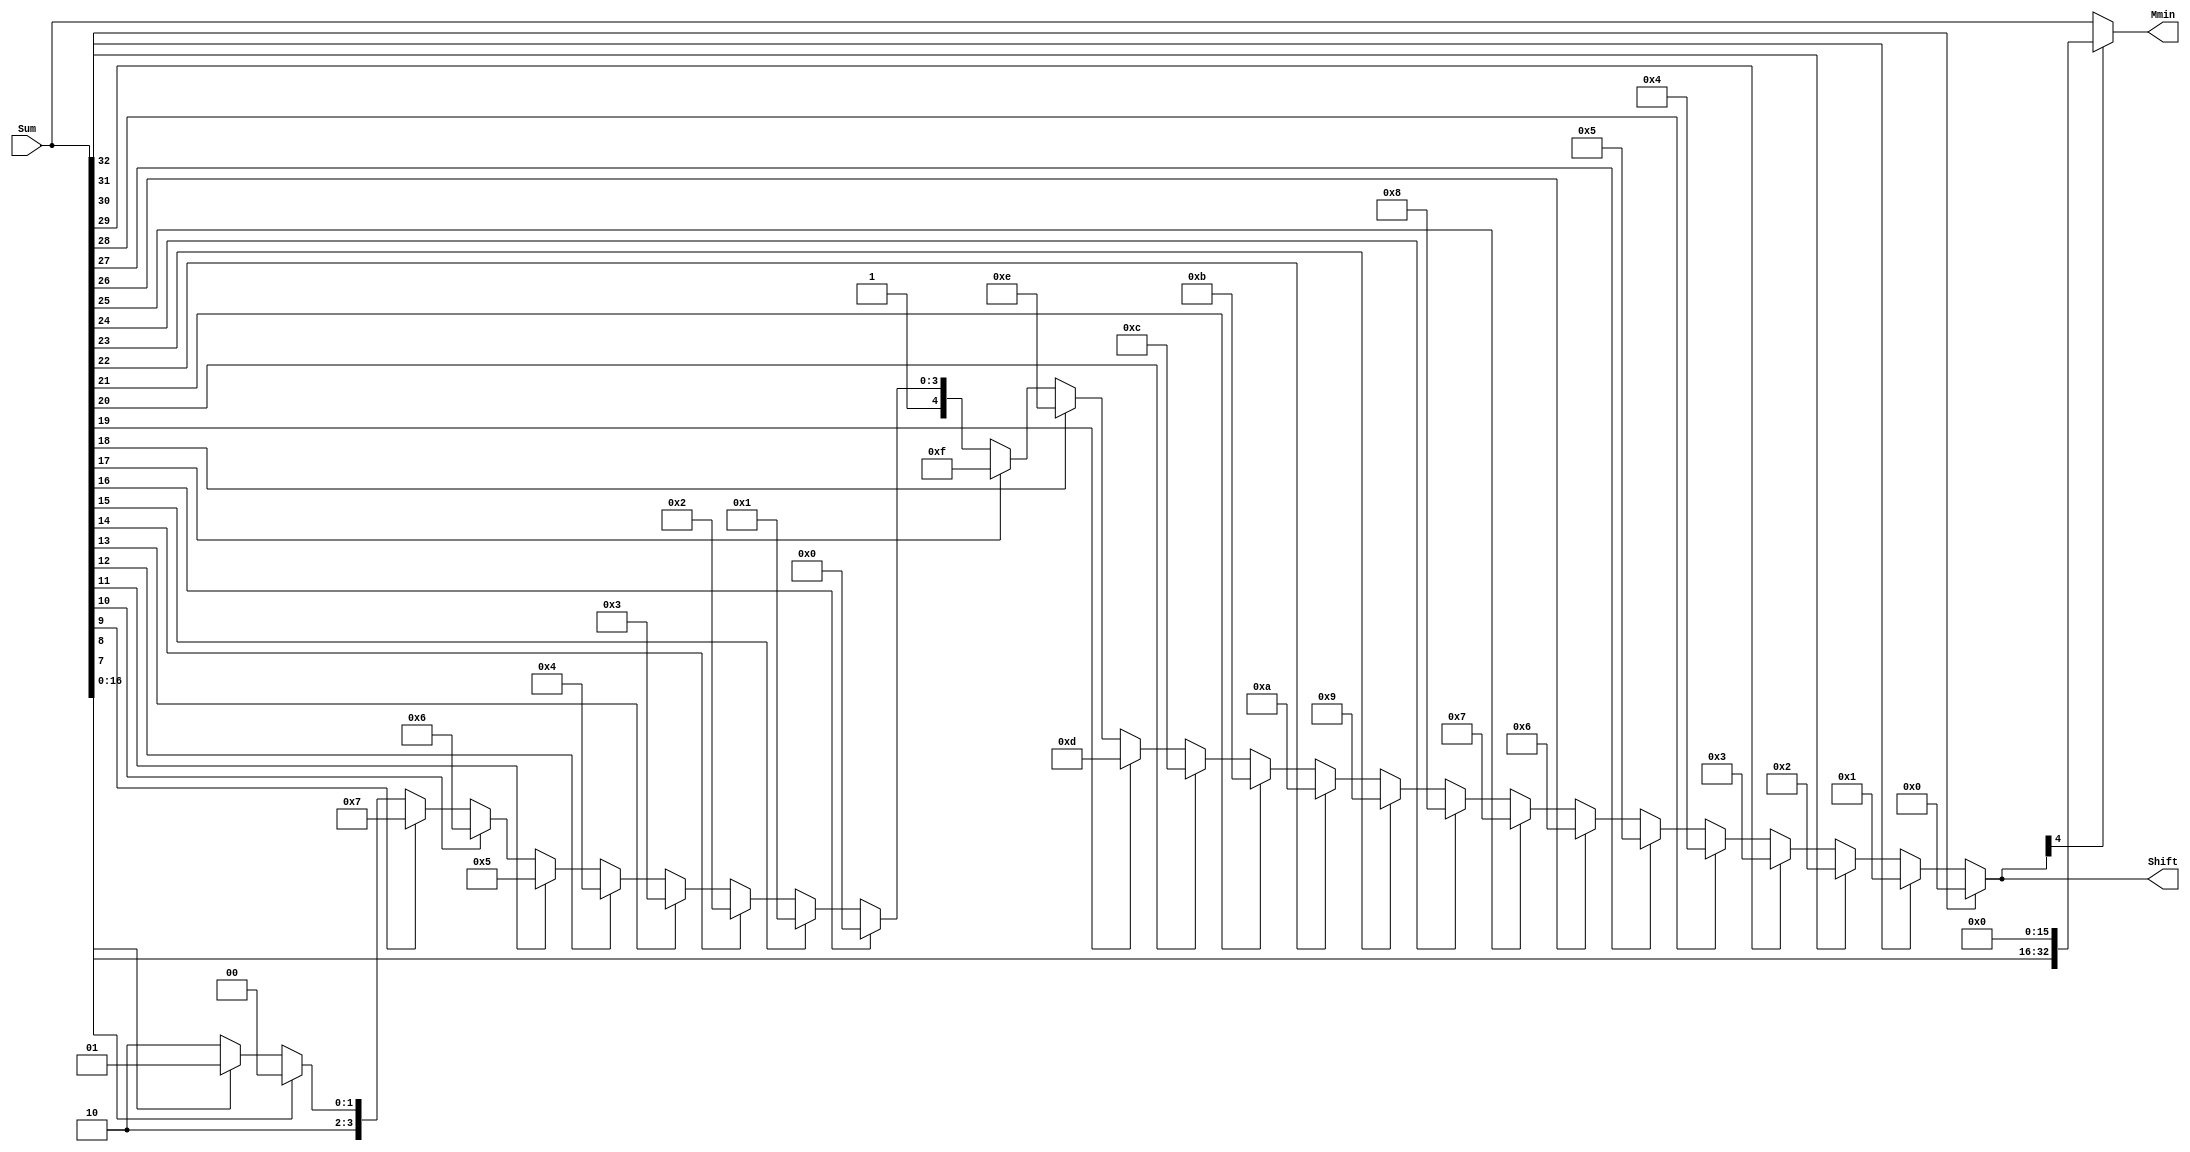
`timescale 1ns / 1ps
//////////////////////////////////////////////////////////////////////////////////
//
// Module Name:    FBAddSub_NormalizeModule
// Project Name: 	 Floating Point Project
//
// Description:	 Determine the normalization shift amount and perform 16-shift
//
//////////////////////////////////////////////////////////////////////////////////

module FPAddSub_NormalizeModule(
		Sum,
		Mmin,
		Shift
    );

	// Input ports
	input [32:0] Sum ;					// Mantissa sum including hidden 1 and GRS
	
	// Output ports
	output [32:0] Mmin ;					// Mantissa after 16|0 shift
	output [4:0] Shift ;					// Shift amount
	
	// Determine normalization shift amount by finding leading nought
	assign Shift =  ( 
		Sum[32] ? 5'b00000 :	 
		Sum[31] ? 5'b00001 : 
		Sum[30] ? 5'b00010 : 
		Sum[29] ? 5'b00011 : 
		Sum[28] ? 5'b00100 : 
		Sum[27] ? 5'b00101 : 
		Sum[26] ? 5'b00110 : 
		Sum[25] ? 5'b00111 :
		Sum[24] ? 5'b01000 :
		Sum[23] ? 5'b01001 :
		Sum[22] ? 5'b01010 :
		Sum[21] ? 5'b01011 :
		Sum[20] ? 5'b01100 :
		Sum[19] ? 5'b01101 :
		Sum[18] ? 5'b01110 :
		Sum[17] ? 5'b01111 :
		Sum[16] ? 5'b10000 :
		Sum[15] ? 5'b10001 :
		Sum[14] ? 5'b10010 :
		Sum[13] ? 5'b10011 :
		Sum[12] ? 5'b10100 :
		Sum[11] ? 5'b10101 :
		Sum[10] ? 5'b10110 :
		Sum[9] ? 5'b10111 :
		Sum[8] ? 5'b11000 :
		Sum[7] ? 5'b11001 : 5'b11010
	);
	
	reg	  [32:0]		Lvl1 = 0;
	
	always @(*) begin
		// Rotate by 16?
		Lvl1 <= Shift[4] ? {Sum[16:0], 16'b0000000000000000} : Sum; 
	end
	
	// Assign outputs
	assign Mmin = Lvl1;						// Take out smaller mantissa

endmodule